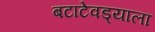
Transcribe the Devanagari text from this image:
बटाटेवड्याला